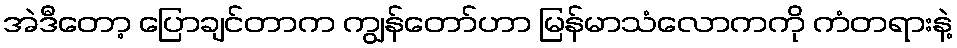
အဲဒီတော့ ပြောချင်တာက ကျွန်တော်ဟာ မြန်မာသံလောကကို ကံတရားနဲ့